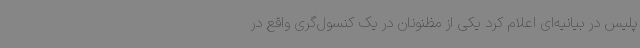
پلیس در بیانیه‌ای اعلام کرد یکی از مظنونان در یک کنسول‌گری واقع در